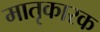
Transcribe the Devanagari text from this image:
मातृकारक